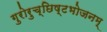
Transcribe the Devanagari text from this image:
गुरोरुच्छिष्टभोजनम्